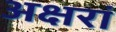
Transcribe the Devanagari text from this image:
अक्षरां